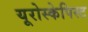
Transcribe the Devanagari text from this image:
यूरोस्केपिस्ट